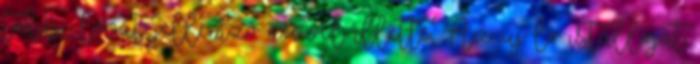
többi lovát jellemző névvel illette. Az új ló istállóját